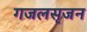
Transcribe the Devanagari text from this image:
गजलसृजन